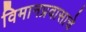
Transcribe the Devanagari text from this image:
विमानप्रवासाचे